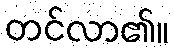
တင်လာ၏။